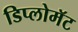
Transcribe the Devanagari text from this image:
डिप्लोमॅट